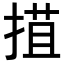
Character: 𢯽